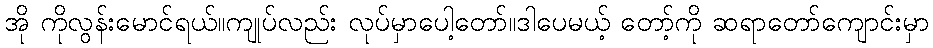
အို ကိုလွန်းမောင်ရယ်။ကျုပ်လည်း လုပ်မှာပေါ့တော်။ဒါပေမယ့် တော့်ကို ဆရာတော်ကျောင်းမှာ